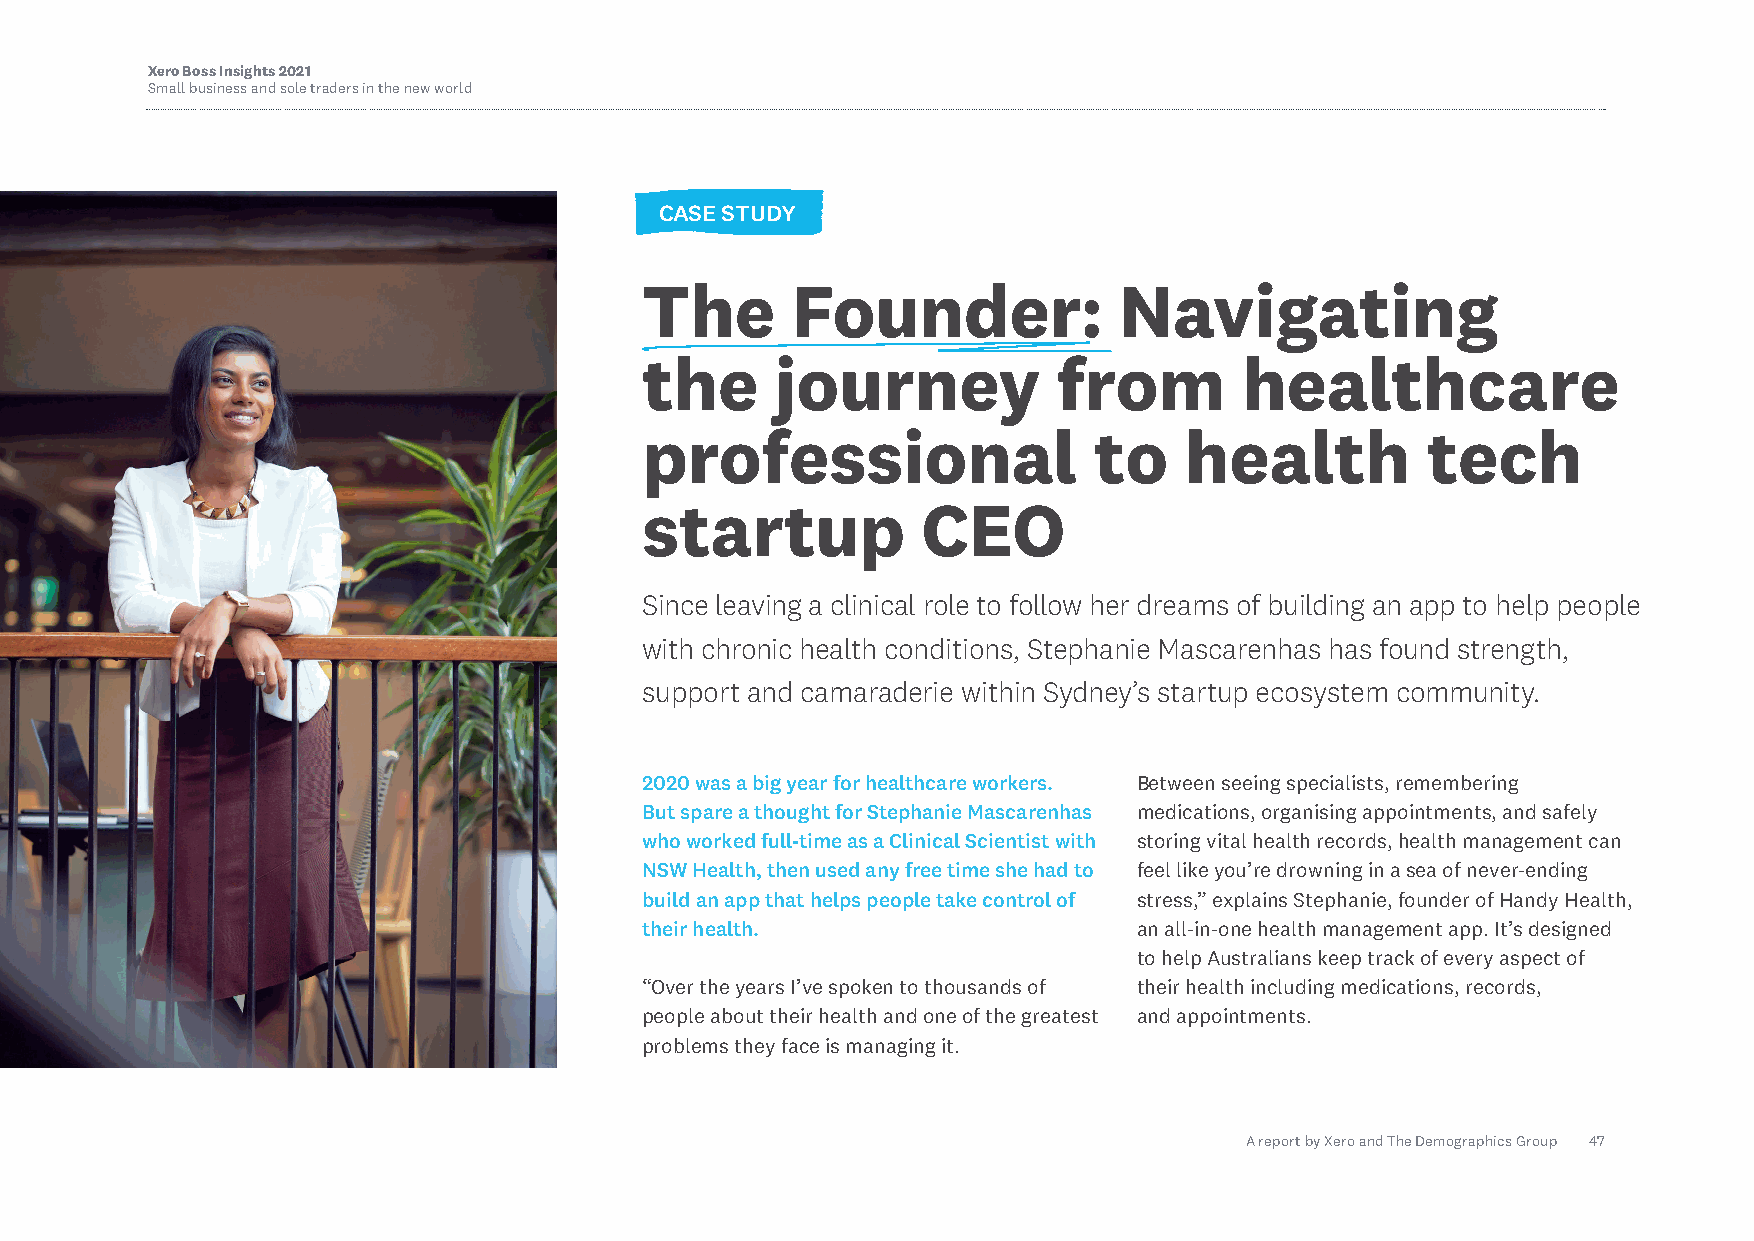
Xero Boss Insights 2021
 Small business and sole traders in the new world
 CASE STUDY
 The      Founder:              Navigating
 the     journey            from        healthcare
 professional                 to    health          tech
 startup           CEO
 Since leaving a clinical role to follow her dreams of building an app to help people
 with chronic health conditions, Stephanie Mascarenhas has found strength,
 support and camaraderie within Sydney’s startup ecosystem community.
 2020 was a big year for healthcare workers. Between seeing specialists, remembering
 But spare a thought for Stephanie Mascarenhas medications, organising appointments, and safely
 who worked full-time as a Clinical Scientist with storing vital health records, health management can
 NSW Health, then used any free time she had to feel like you’re drowning in a sea of never-ending
 build an app that helps people take control of stress,” explains Stephanie, founder of Handy Health,
 their health.                   an all-in-one health management app. It’s designed
 to help Australians keep track of every aspect of
 “Over the years I’ve spoken to thousands of their health including medications, records,
 people about their health and one of the greatest and appointments.
 problems they face is managing it.
 A report by Xero and The Demographics Group 47